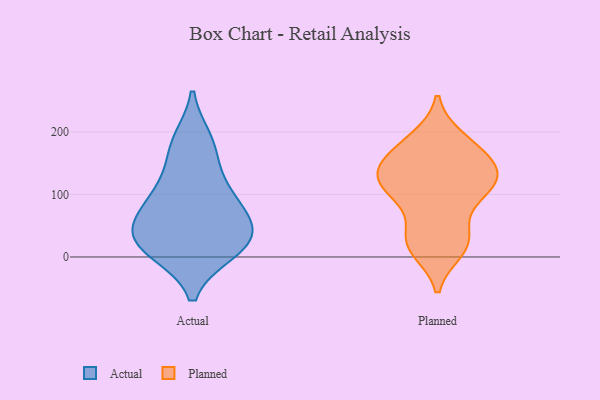
{"axis": {"x": "Active Users", "y": "Value"}, "legend": ["Actual", "Planned"], "data": [{"x": "", "y": 171, "type": "Actual"}, {"x": "", "y": 22, "type": "Actual"}, {"x": "", "y": 46, "type": "Actual"}, {"x": "", "y": 11, "type": "Actual"}, {"x": "", "y": 10, "type": "Actual"}, {"x": "", "y": 84, "type": "Actual"}, {"x": "", "y": 95, "type": "Actual"}, {"x": "", "y": 41, "type": "Actual"}, {"x": "", "y": 44, "type": "Actual"}, {"x": "", "y": 185, "type": "Actual"}, {"x": "", "y": 113, "type": "Actual"}, {"x": "", "y": 120, "type": "Planned"}, {"x": "", "y": 187, "type": "Planned"}, {"x": "", "y": 125, "type": "Planned"}, {"x": "", "y": 12, "type": "Planned"}, {"x": "", "y": 119, "type": "Planned"}, {"x": "", "y": 168, "type": "Planned"}, {"x": "", "y": 87, "type": "Planned"}, {"x": "", "y": 117, "type": "Planned"}, {"x": "", "y": 24, "type": "Planned"}, {"x": "", "y": 141, "type": "Planned"}, {"x": "", "y": 142, "type": "Planned"}, {"x": "", "y": 115, "type": "Planned"}, {"x": "", "y": 94, "type": "Planned"}, {"x": "", "y": 27, "type": "Planned"}, {"x": "", "y": 36, "type": "Planned"}, {"x": "", "y": 17, "type": "Planned"}, {"x": "", "y": 189, "type": "Planned"}, {"x": "", "y": 149, "type": "Planned"}, {"x": "", "y": 165, "type": "Planned"}]}